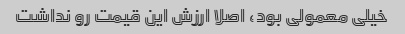
خیلی معمولی بود، اصلا ارزش این قیمت رو نداشت